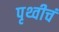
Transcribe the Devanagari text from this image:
पृथ्वीचं